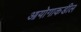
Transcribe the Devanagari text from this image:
आयोगाकडील